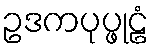
ဥဒကပုပ္ဖုဠံ